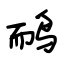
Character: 鸸